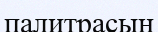
палитрасын